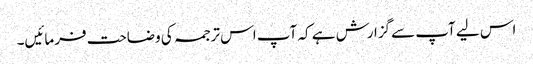
اس لیے آپ سےگزارش ہے کہ آپ اس ترجمہ کی وضاحت فرمائیں۔